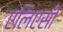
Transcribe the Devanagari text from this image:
एलिएसी